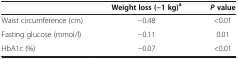
|  | Weight loss (−1 kg)a | P value |
 | --- | --- | --- |
 | Waist circumference (cm) | −0.48 | <0.01 |
 | Fasting glucose (mmol/l) | −0.11 | 0.01 |
 | HbA1c (%) | −0.07 | <0.01 |